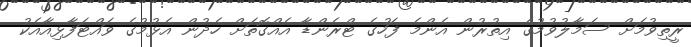
ރީތިވުމަށް ސަމާލުވުމުގެ އިތުރުން އެންމެ ފަހުގެ ޓްރެންޑާ އެއްގޮތަށް ހެދުން އެޅުމުގެ ވައްޓަފާޅިއާއެކު